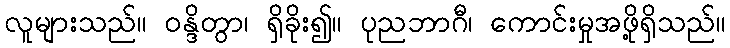
လူများသည်။ ဝန္ဒိတွာ၊ ရှိခိုး၍။ ပုညဘာဂီ၊ ကောင်းမှုအဖို့ရှိသည်။